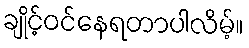
ချိုင့်ဝင်နေရတာပါလိမ့်။